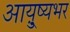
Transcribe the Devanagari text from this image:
आयु़्ष्यभर